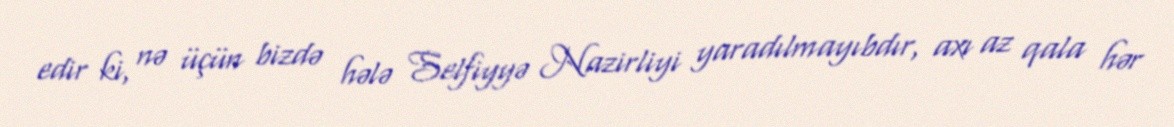
edir ki, nə üçün bizdə hələ Selfiyyə Nazirliyi yaradılmayıbdır, axı az qala hər